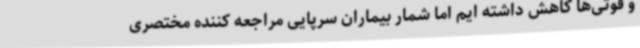
و فوتی‌ها کاهش داشته ایم اما شمار بیماران سرپایی مراجعه کننده مختصری